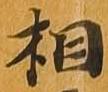
相